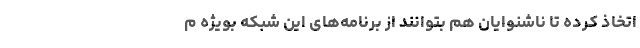
اتخاذ کرده تا ناشنوایان هم بتوانند از برنامه‌های این شبکه بویژه م